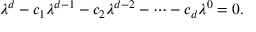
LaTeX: \lambda ^ { d } - c _ { 1 } \lambda ^ { d - 1 } - c _ { 2 } \lambda ^ { d - 2 } - \cdots - c _ { d } \lambda ^ { 0 } = 0 .